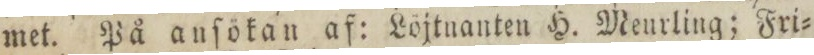
met. På anſökan af: Löjtnanten H. Meurling; Fri=